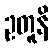
ဥတူနိ